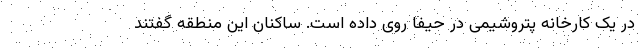
در یک کارخانه پتروشیمی در حیفا روی داده است. ساکنان این منطقه گفتند